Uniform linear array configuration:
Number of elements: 32
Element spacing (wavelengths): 1
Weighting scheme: cosine
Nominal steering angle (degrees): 0
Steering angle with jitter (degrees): -1.336
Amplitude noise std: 0.05
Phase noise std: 0.05

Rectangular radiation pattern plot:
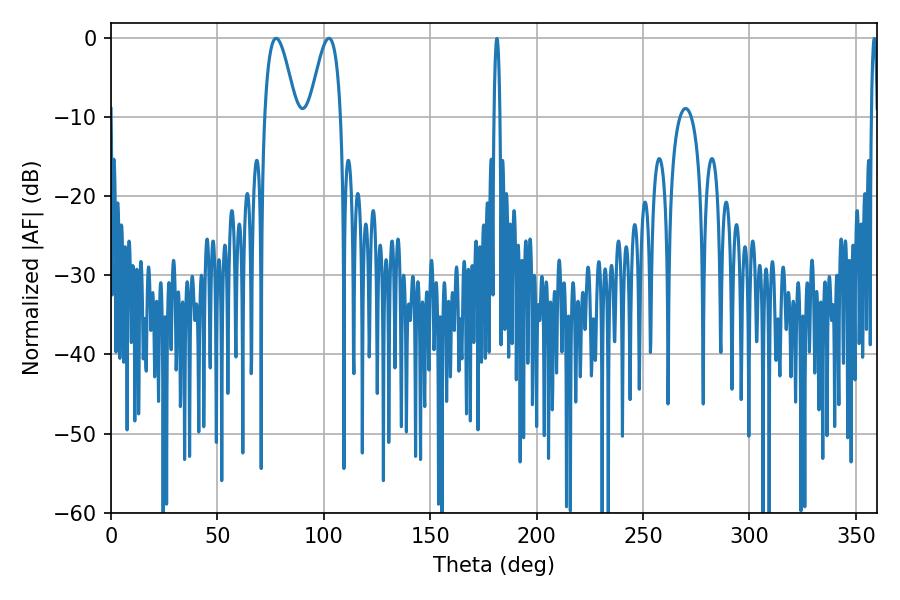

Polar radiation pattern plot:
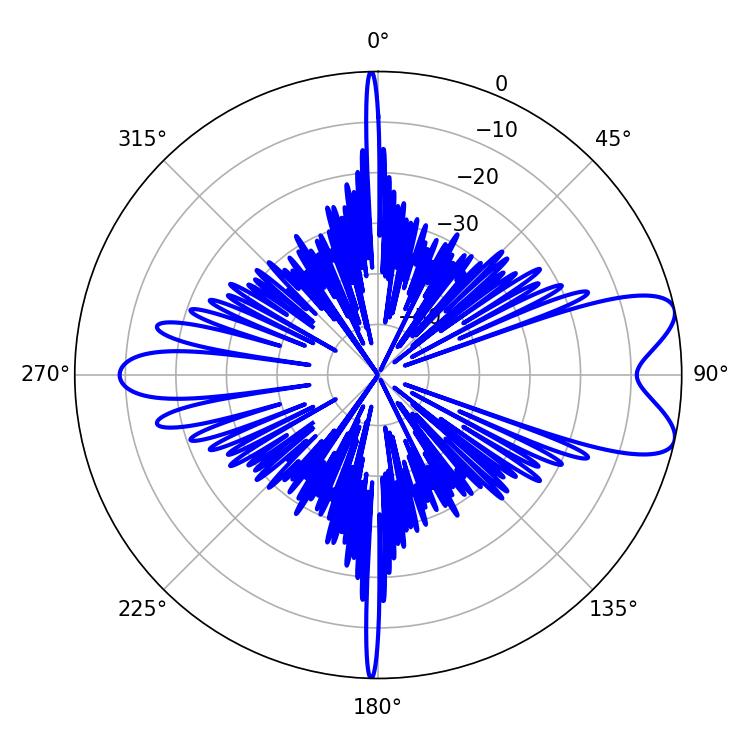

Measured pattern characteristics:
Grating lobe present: TRUE
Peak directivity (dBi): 8.424
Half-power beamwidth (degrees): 7.92
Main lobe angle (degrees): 77.58